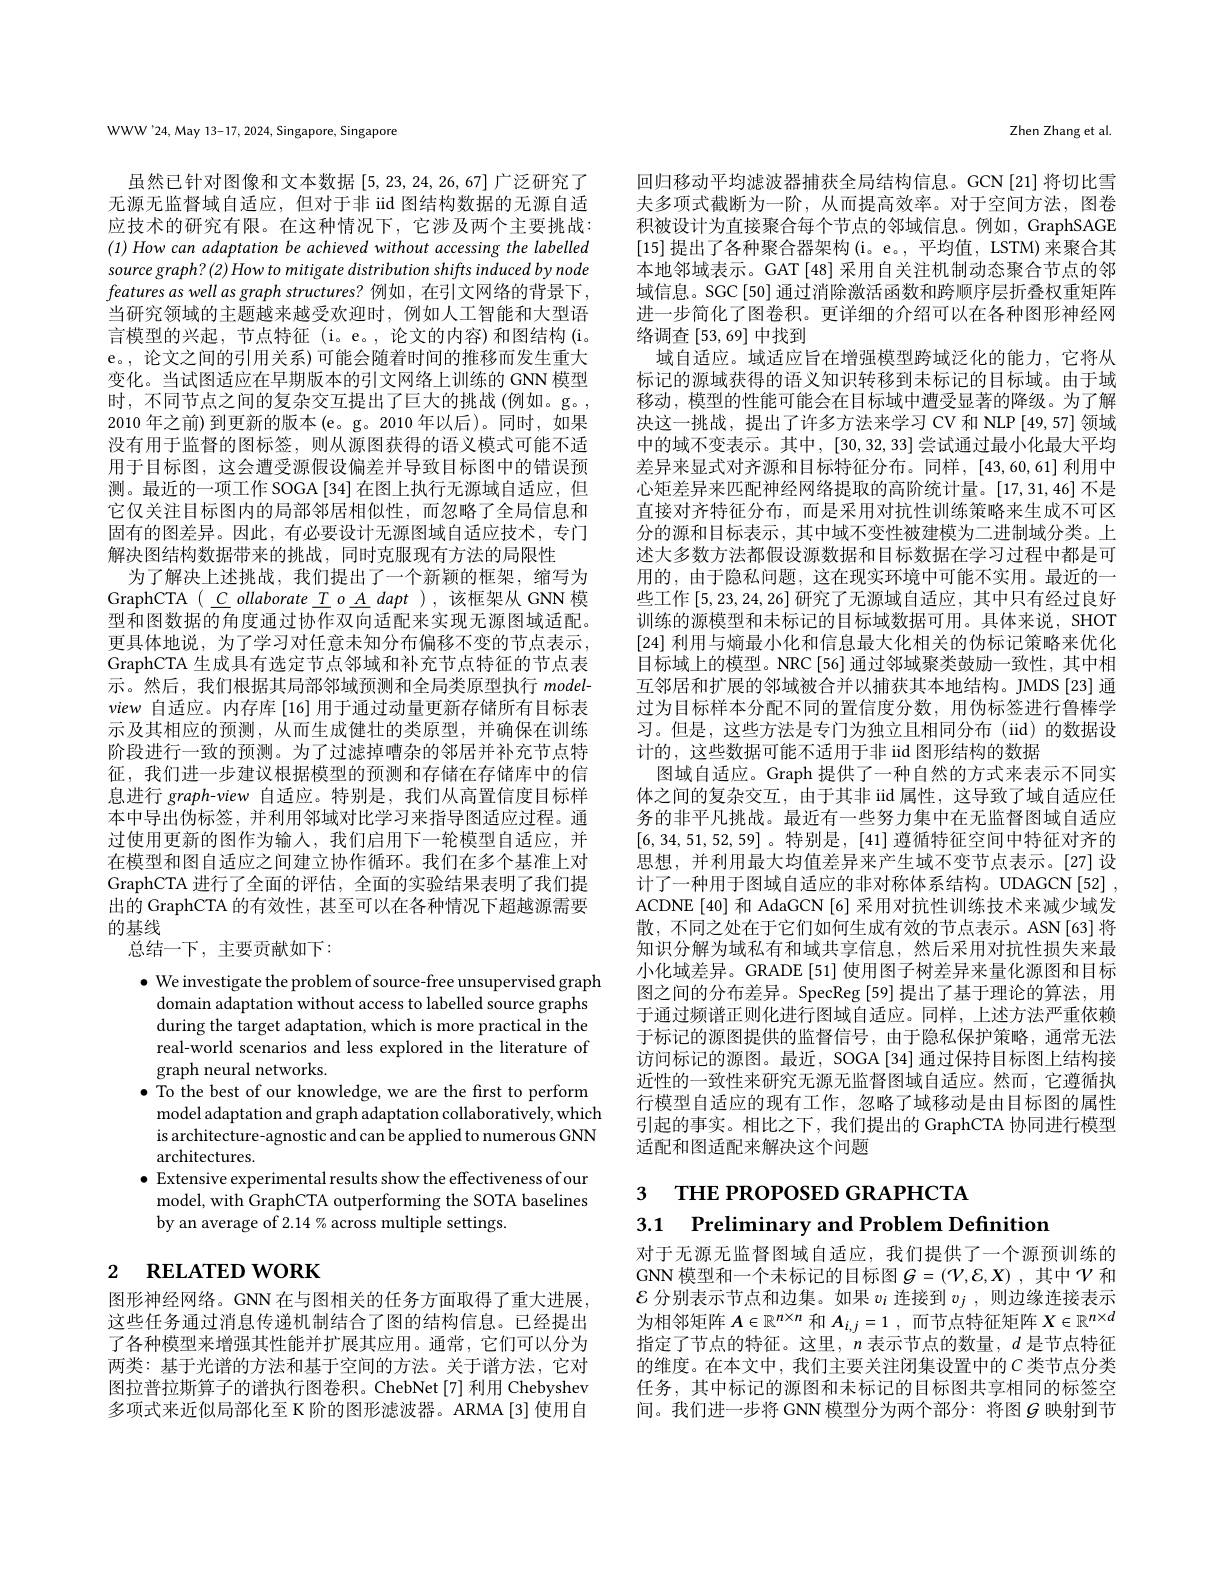
WWW'24, May 13-17, 2024, Singapore, Singapore

虽然已针对图像和文本数据[5,23,24,26,67]广泛研究了无源无监督域自适应，但对于非 iid 图结构数据的无源自适应技术的研究有限。在这种情况下，它涉及两个主要挑战： (1) How can adaptation be achieved without accessing the labelled source graph? (2) How to mitigate distribution shifts induced by node features as well as graph structures? 例如，在引文网络的背景下， 当研究领域的主题越来越受欢迎时，例如人工智能和大型语言模型的兴起，节点特征(i。e。,论文的内容)和图结构(i。e。,论文之间的引用关系)可能会随着时间的推移而发生重大变化。当试图适应在早期版本的引文网络上训练的 GNN 模型时，不同节点之间的复杂交互提出了巨大的挑战 (例如。g。, 2010 年之前) 到更新的版本 (e。g。2010 年以后)。同时，如果没有用于监督的图标签，则从源图获得的语义模式可能不适用于目标图，这会遭受源假设偏差并导致目标图中的错误预测。最近的一项工作 SOGA [34] 在图上执行无源域自适应，但它仅关注目标图内的局部邻居相似性，而忽略了全局信息和固有的图差异。因此，有必要设计无源图域自适应技术，专门解决图结构数据带来的挑战，同时克服现有方法的局限性
为了解决上述挑战，我们提出了一个新颖的框架，缩写为GraphCTA($\underline {C}\underline {ollaborate}\underline {T}\underline {o}\underline {A}$ $dapt) , 该 框 架 从 GNN模$ 型和图数据的角度通过协作双向适配来实现无源图域适配。更具体地说，为了学习对任意未知分布偏移不变的节点表示， GraphCTA 生成具有选定节点邻域和补充节点特征的节点表示。然后，我们根据其局部邻域预测和全局类原型执行modelview自适应。内存库 [16]用于通过动量更新存储所有目标表示及其相应的预测，从而生成健壮的类原型，并确保在训练阶段进行一致的预测。为了过滤掉嘈杂的邻居并补充节点特征，我们进一步建议根据模型的预测和存储在存储库中的信息进行 graph-view 自适应。特别是，我们从高置信度目标样本中导出伪标签，并利用邻域对比学习来指导图适应过程。通过使用更新的图作为输入，我们启用下一轮模型自适应，并在模型和图自适应之间建立协作循环。我们在多个基准上对GraphCTA 进行了全面的评估，全面的实验结果表明了我们提出的 GraphCTA 的有效性，甚至可以在各种情况下超越源需要的基线
总结一下，主要贡献如下：

$\bullet$ We investigate the problem of source-free unsupervised graph
domain adaptation without access to labelled source graphs during the target adaptation, which is more practical in the real-world scenarios and less explored in the literature of graph neural networks.
$\bullet$ To the best of our knowledge, we are the first to perform
model adaptation and graph adaptation collaboratively, which $\hat{\text{is architecture-agnostic and can be applied to numerous GNN}}$ architectures.
$\bullet$ Extensive experimental results show the effectiveness of our
model, with GraphCTA outperforming the SOTA baselines
by an average of 2.14 % across multiple settings.

# 2 $\textbf{RELATED WORK}$

图形神经网络。GNN 在与图相关的任务方面取得了重大进展， 这些任务通过消息传递机制结合了图的结构信息。已经提出了各种模型来增强其性能并扩展其应用。通常，它们可以分为两类：基于光谱的方法和基于空间的方法。关于谱方法，它对图拉普拉斯算子的谱执行图卷积。ChebNet[7] 利用 Chebyshev 多项式来近似局部化至 K 阶的图形滤波器。ARMA[3]使用自

Zhen Zhang et al.

回归移动平均滤波器捕获全局结构信息。GCN[21]将切比雪夫多项式截断为一阶，从而提高效率。对于空间方法，图卷积被设计为直接聚合每个节点的邻域信息。例如，GraphSAGE [15]提出了各种聚合器架构(i。e。,平均值，LSTM) 来聚合其本地邻域表示。GAT[48] 采用自关注机制动态聚合节点的邻域信息。SGC[50] 通过消除激活函数和跨顺序层折叠权重矩阵进一步简化了图卷积。更详细的介绍可以在各种图形神经网络调查[53,69]中找到
域自适应。域适应旨在增强模型跨域泛化的能力，它将从标记的源域获得的语义知识转移到未标记的目标域。由于域移动，模型的性能可能会在目标域中遭受显著的降级。为了解决这一挑战，提出了许多方法来学习 CV 和 NLP[49,57] 领域中的域不变表示。其中，[30,32,33]尝试通过最小化最大平均差异来显式对齐源和目标特征分布。同样，[43,60,61]利用中心矩差异来匹配神经网络提取的高阶统计量。[17,31,46]不是直接对齐特征分布，而是采用对抗性训练策略来生成不可区分的源和目标表示，其中域不变性被建模为二进制域分类。上述大多数方法都假设源数据和目标数据在学习过程中都是可用的，由于隐私问题，这在现实环境中可能不实用。最近的一些工作$\left[5,23,24,26\right]$研究了无源域自适应，其中只有经过良好训练的源模型和未标记的目标域数据可用。具体来说，SHOT [24]利用与熵最小化和信息最大化相关的伪标记策略来优化目标域上的模型。NRC[56] 通过邻域聚类鼓励一致性，其中相互邻居和扩展的邻域被合并以捕获其本地结构。JMDS[23] 通过为目标样本分配不同的置信度分数，用伪标签进行鲁棒学习。但是，这些方法是专门为独立且相同分布(iid)的数据设计的，这些数据可能不适用于非 iid 图形结构的数据
图域自适应。Graph 提供了一种自然的方式来表示不同实体之间的复杂交互，由于其非 iid 属性，这导致了域自适应任务的非平凡挑战。最近有一些努力集中在无监督图域自适应[6,34,51,52,59]。特别是，[41]遵循特征空间中特征对齐的思想，并利用最大均值差异来产生域不变节点表示。[27]设计了一种用于图域自适应的非对称体系结构。UDAGCN[52] , ACDNE [40] 和 AdaGCN [6] 采用对抗性训练技术来减少域发散，不同之处在于它们如何生成有效的节点表示。ASN[63]将知识分解为域私有和域共享信息，然后采用对抗性损失来最小化域差异。GRADE [51] 使用图子树差异来量化源图和目标图之间的分布差异。SpecReg [59] 提出了基于理论的算法，用于通过频谱正则化进行图域自适应。同样，上述方法严重依赖于标记的源图提供的监督信号，由于隐私保护策略，通常无法访问标记的源图。最近，SOGA[34] 通过保持目标图上结构接近性的一致性来研究无源无监督图域自适应。然而，它遵循执行模型自适应的现有工作，忽略了域移动是由目标图的属性引起的事实。相比之下，我们提出的 GraphCTA 协同进行模型适配和图适配来解决这个问题

3 THE PROPOSED GRAPHCTA

3.1 Preliminary and Problem Definition

对于无源无监督图域自适应，我们提供了一个源预训练的GNN 模型和一个未标记的目标图$G=(\mathcal{V},\mathcal{E},X)$ ,其中$\mathcal{V}$和$\mathcal{E}$分别表示节点和边集。如果$v_i$连接到$v_j$,则边缘连接表示为相邻矩阵$A\in\mathbb{R}^n\times n$和$A_i, j= 1$ , 而节点特征矩阵$X\in\mathbb{R}^n\times d$ 指定了节点的特征。这里，$n$表示节点的数量，$d$是节点特征的维度。在本文中，我们主要关注闭集设置中的$C$ 类节点分类任务，其中标记的源图和未标记的目标图共享相同的标签空间。我们进一步将 GNN 模型分为两个部分：将图$g$ 映射到节